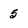
Character: 5